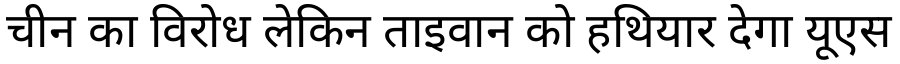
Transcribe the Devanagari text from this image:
चीन का विरोध लेकिन ताइवान को हथियार देगा यूएस